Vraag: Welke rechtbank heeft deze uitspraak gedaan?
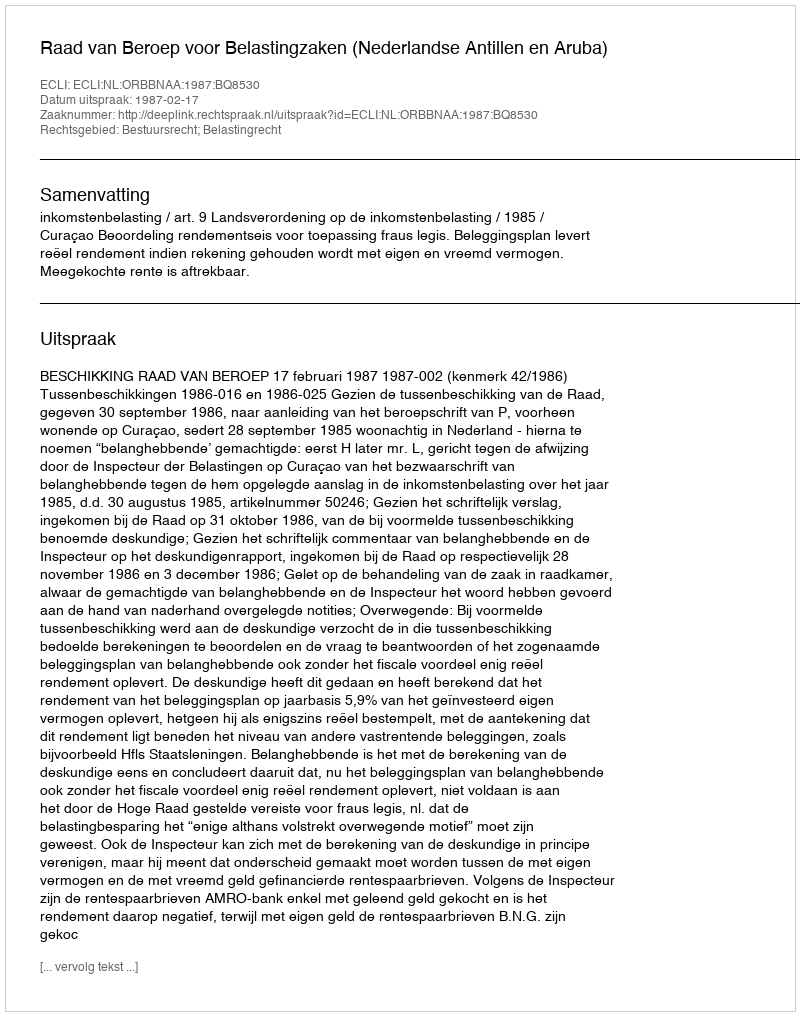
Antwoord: Raad van Beroep voor Belastingzaken (Nederlandse Antillen en Aruba)